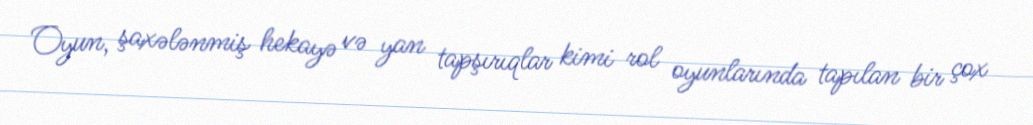
Oyun, şaxələnmiş hekayə və yan tapşırıqlar kimi rol oyunlarında tapılan bir çox